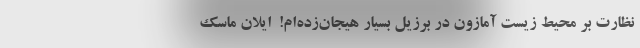
نظارت بر محیط زیست آمازون در برزیل بسیار هیجان‌زده‌ام!  ایلان ماسک